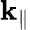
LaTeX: \mathbf{k}_{\| }